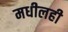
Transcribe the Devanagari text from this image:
मधीलही